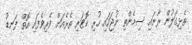
ތެޅިގަލުން ރާނައި ސިމެންތި ނުޖަހައި ހުރި ކޮޓަރި ތެރެއަށް ވެރިވެފައި އޮތް ފަނޑު